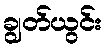
ချွတ်ယွင်း